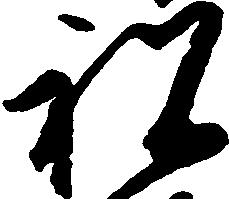
祝